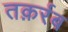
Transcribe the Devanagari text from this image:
तक़र्रब